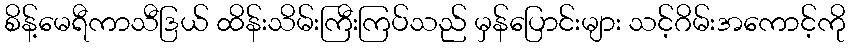
စိန့်မေရီကာသီဒြယ် ထိန်းသိမ်းကြီးကြပ်သည် မှန်ပြောင်းများ သင့်ဂိမ်းအကောင့်ကို